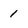
Character: 1